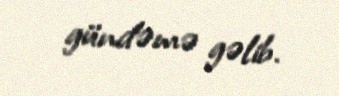
gündəmə gəlib.